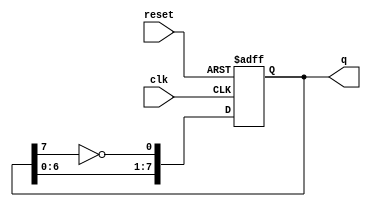
module johnson_counter (
    input wire clk,      // Clock input
    input wire reset,    // Asynchronous reset input
    output reg [7:0] q   // 8-bit output representing the current state
);

    // Always block triggered on the rising edge of the clock or the reset signal
    always @(posedge clk or posedge reset) begin
        if (reset) begin
            // Asynchronous reset: set all flip-flops to 0
            q <= 8'b00000000;
        end else begin
            // Johnson counter logic: shift and feedback
            q <= {q[6:0], ~q[7]};
        end
    end

endmodule